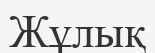
Жұлық